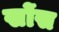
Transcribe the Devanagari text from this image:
खोंस